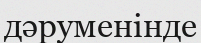
дәруменінде